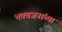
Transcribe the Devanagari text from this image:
भक्तजनांच्या